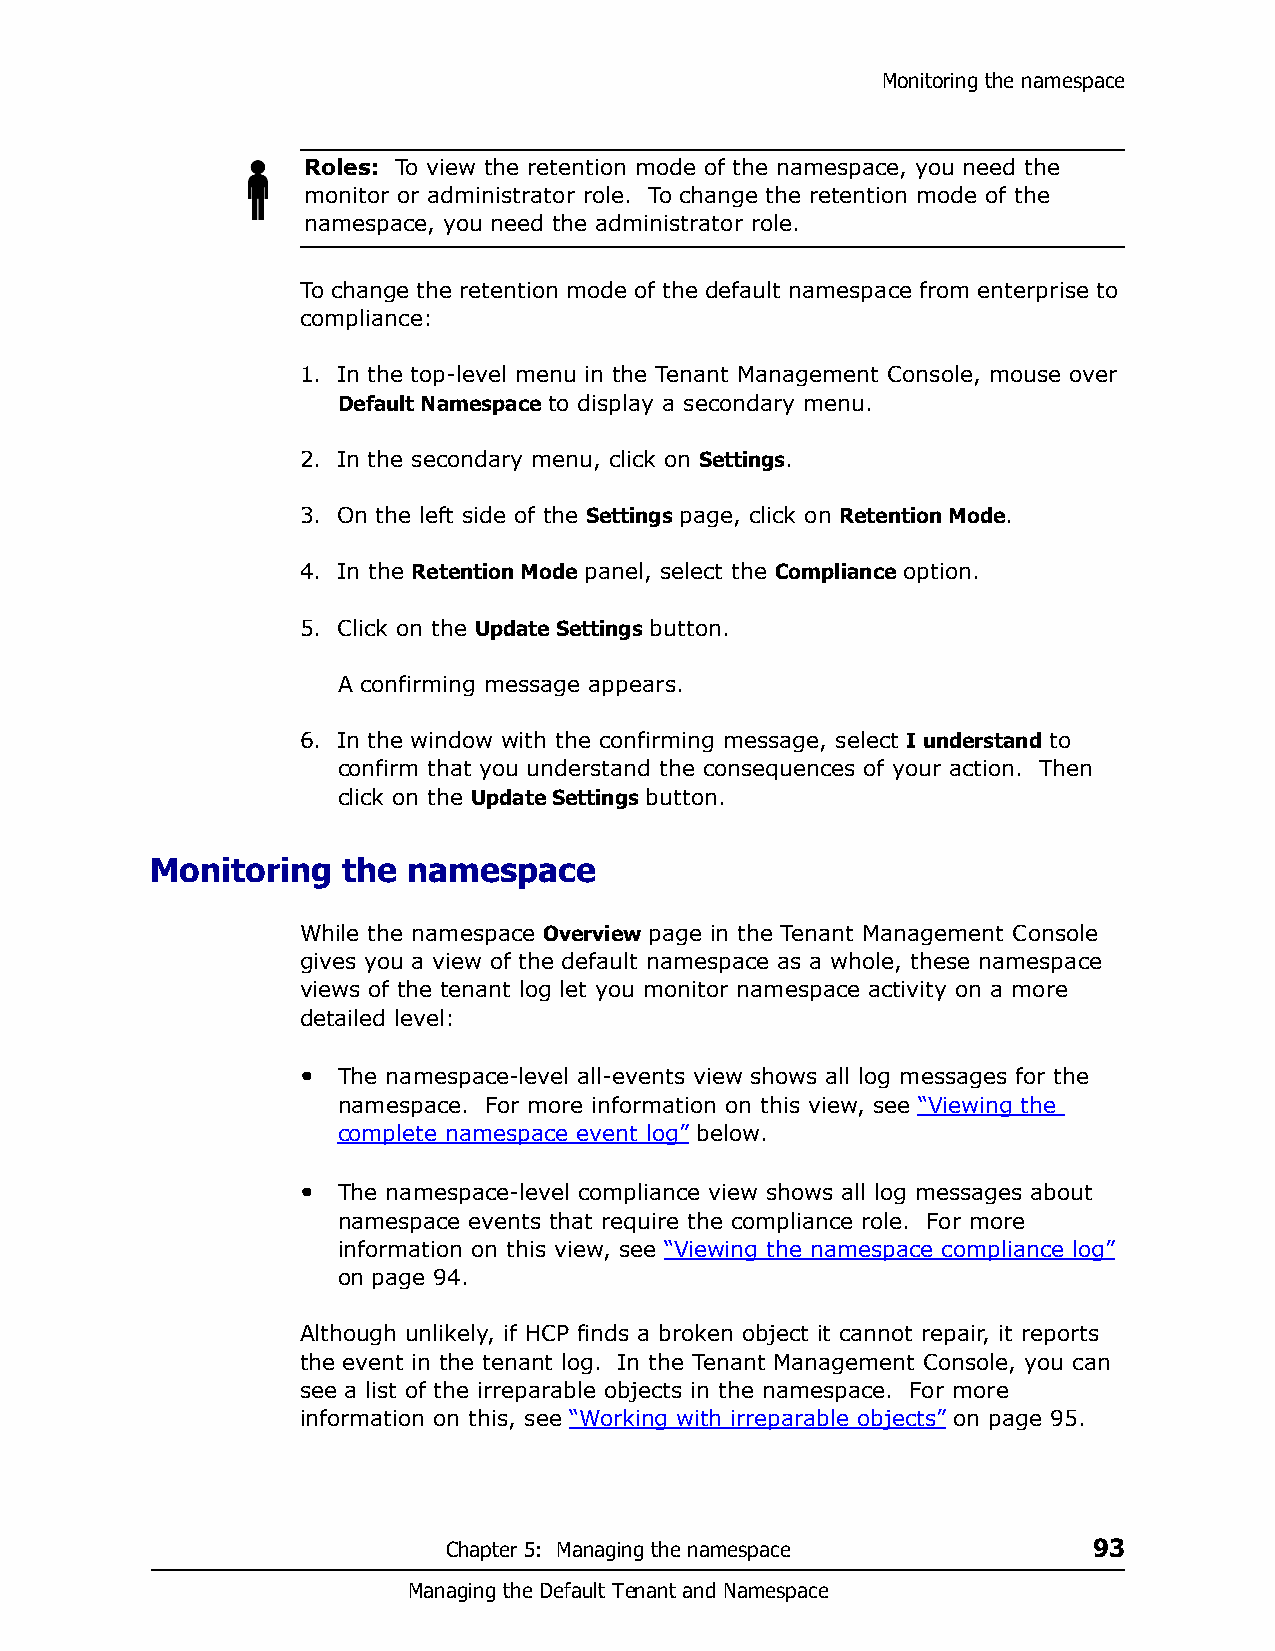
Monitoring the namespace
 Roles: To view the retention mode of the namespace, you need the
 monitor or administrator role. To change the retention mode of the
 namespace, you need the administrator role.
 To change the retention mode of the default namespace from enterprise to
 compliance:
 1. In the top-level menu in the Tenant Management Console, mouse over
 Default Namespace to display a secondary menu.
 2. In the secondary menu, click on Settings.
 3. On the left side of the Settings page, click on Retention Mode.
 4. In the Retention Mode panel, select the Compliance option.
 5. Click on the Update Settings button.
 A confirming message appears.
 6. In the window with the confirming message, select I understand to
 confirm that you understand the consequences of your action. Then
 click on the Update Settings button.
 Monitoring   the namespace
 While the namespace Overview page in the Tenant Management Console
 gives you a view of the default namespace as a whole, these namespace
 views of the tenant log let you monitor namespace activity on a more
 detailed level:
 • The namespace-level all-events view shows all log messages for the
 namespace. For more information on this view, see “Viewing the
 complete namespace event log” below.
 • The namespace-level compliance view shows all log messages about
 namespace events that require the compliance role. For more
 information on this view, see “Viewing the namespace compliance log”
 on page 94.
 Although unlikely, if HCP finds a broken object it cannot repair, it reports
 the event in the tenant log. In the Tenant Management Console, you can
 see a list of the irreparable objects in the namespace. For more
 information on this, see “Working with irreparable objects” on page 95.
 Chapter 5: Managing the namespace         93
 Managing the Default Tenant and Namespace